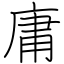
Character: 庸